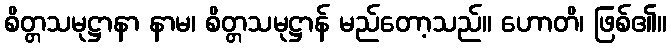
စိတ္တသမုဋ္ဌာနာ နာမ၊ စိတ္တသမုဋ္ဌာန် မည်တော့သည်။ ဟောတိ၊ ဖြစ်၏။